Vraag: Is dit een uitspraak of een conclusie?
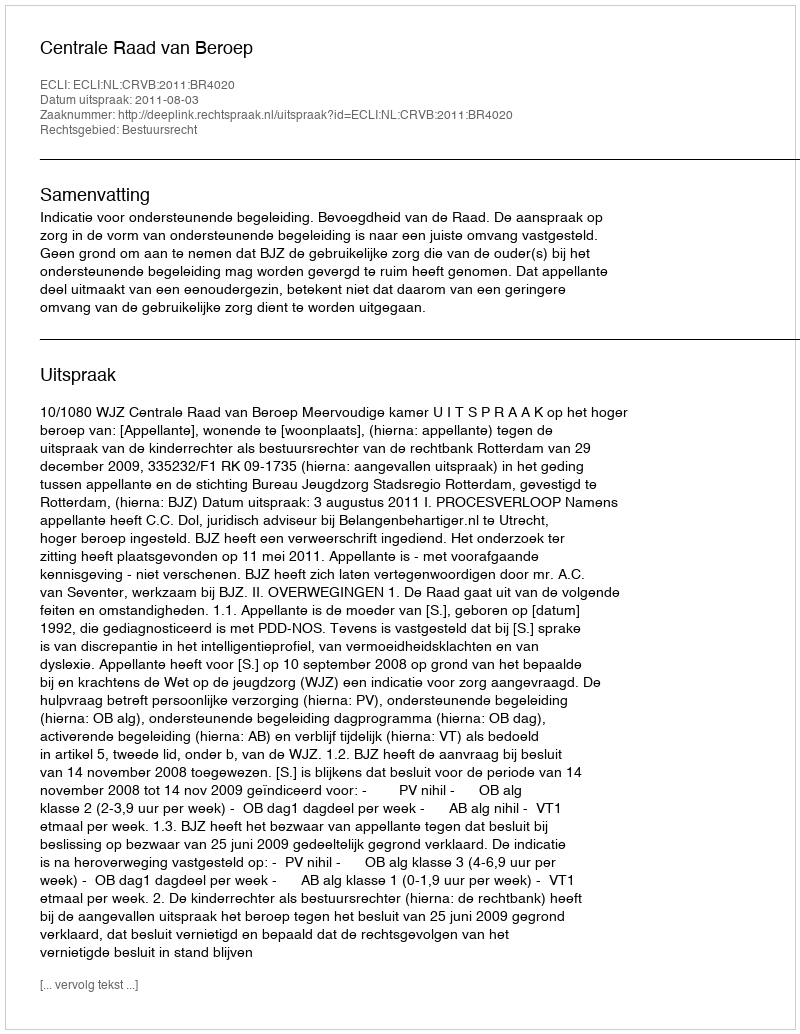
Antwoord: Uitspraak